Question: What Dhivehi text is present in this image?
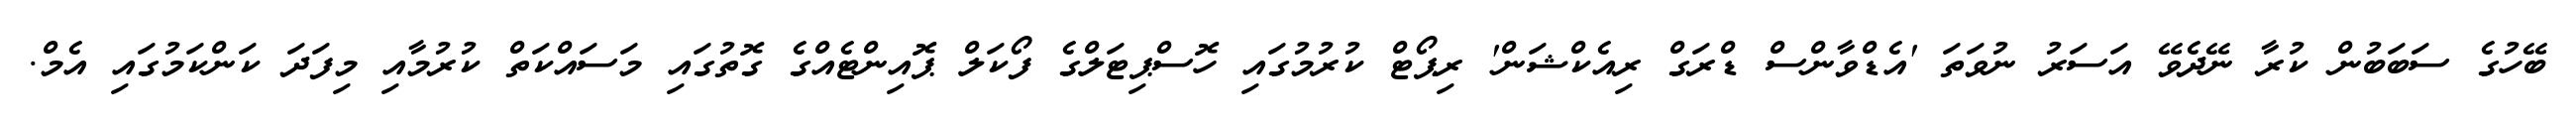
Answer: ބޭހުގެ ސަބަބުން ކުރާ ނޭދެވޭ އަސަރު ނުވަތަ 'އެޑްވާންސް ޑްރަގް ރިއެކްޝަން' ރިޕޯޓް ކުރުމުގައި ހޮސްޕިޓަލްގެ ފޯކަލް ޕޮއިންޓެއްގެ ގޮތުގައި މަސައްކަތް ކުރުމާއި މިފަދަ ކަންކަމުގައި އެމް.